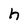
Character: h